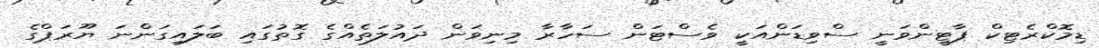
ޑިމޮކްރެޓިކް ޕާޓީންވަނީ ސްވިޑަންއަކީ ވެސްޓަން ސަހާރާ މިނިވަން ދައުލަތެއްގެ ގޮތުގައި ބަލައިގަންނަ ޔޫރަޕްގެ